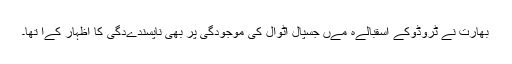
بھارت نے ٹروڈوکے اسقبالےہ مےں جسپال اٹوال کی موجودگی پر بھی ناپسندےدگی کا اظہار کےا تھا۔